Scottish Leaving Certificate Examination, 1955
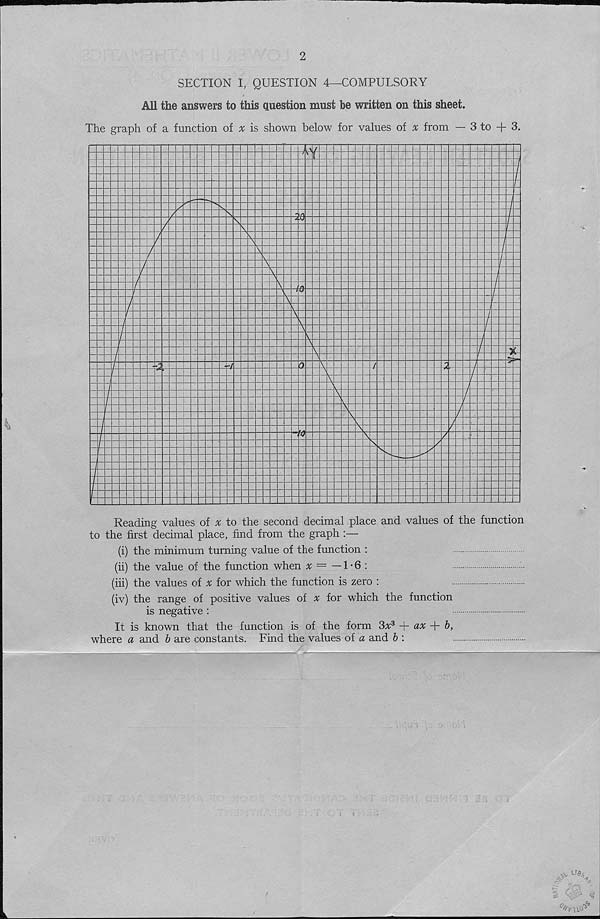
2
SECTION I, QUESTION 4—COMPULSORY
All the answers to this question must he written on this sheet.
The graph of a function of % is shown below for values of # from — 3 to + 3.
vT
29
to
Reading values of ^ to the second decimal place and values of the function
to the first decimal place, find from the graph :—
(i) the minimum turning value of the function :
(ii) the value of the function when x = —1-6 :
(iii) the values of ^ for which the function is zero :
(iv) the range of positive values of x for which the function
is negative :
It is known that the function is of the form 3v 3
ax
b,
where a and b are constants. Find the values of a and b :